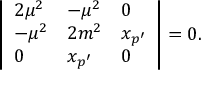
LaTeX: \left| \begin{array} { l l l l l } { { 2 \mu ^ { 2 } } } & { { - \mu ^ { 2 } } } & { { 0 } } \\ { { - \mu ^ { 2 } } } & { { 2 m ^ { 2 } } } & { { x _ { p ^ { \prime } } } } \\ { { 0 } } & { { x _ { p ^ { \prime } } } } & { { 0 } } \end{array} \right| = 0 .